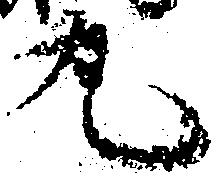
丸